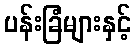
ပန်းခြံများနှင့်